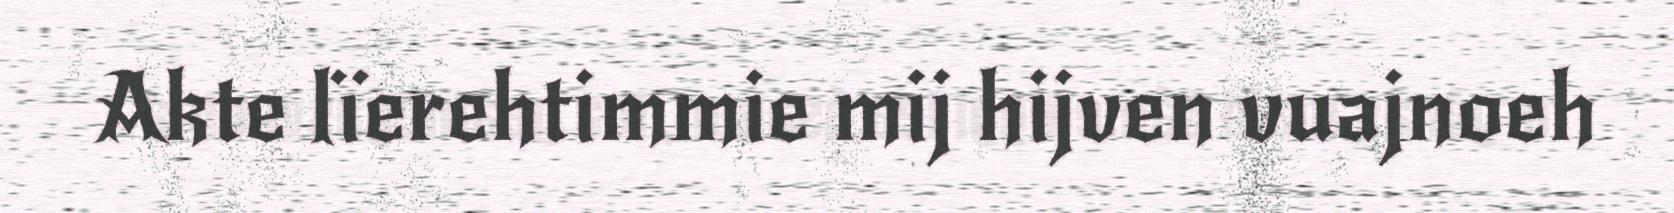
Akte lïerehtimmie mij hijven vuajnoeh